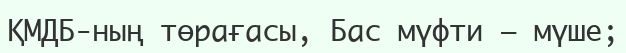
ҚМДБ-ның төрағасы, Бас мүфти – мүше;